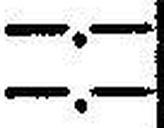
—.—